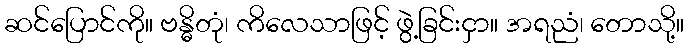
ဆင်ပြောင်ကို။ ဗန္ဓိတုံ၊ ကိလေသာဖြင့် ဖွဲ့ခြင်းငှာ။ အရညံ၊ တောသို့။